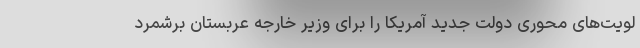
لویت‌های محوری دولت جدید آمریکا را برای وزیر خارجه عربستان برشمرد